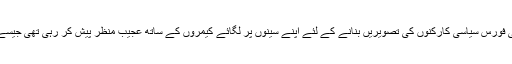
وہاں ہنگاموں سے نمٹنے کیلئے بنائی گئی فورس سیاسی کارکنوں کی تصویریں بنانے کے لئے اپنے سینوں پر لگائے کیمروں کے ساتھ عجیب منظر پیش کر رہی تھی جیسے کسی ٬مزاحیہ فلم کی شوٹنگ ہو رہی ہو۔